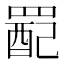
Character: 𫅉